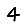
Digit: 4